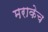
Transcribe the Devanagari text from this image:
मराकेच